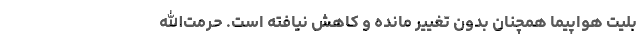
بلیت هواپیما همچنان بدون تغییر مانده و کاهش نیافته است. حرمت‌الله